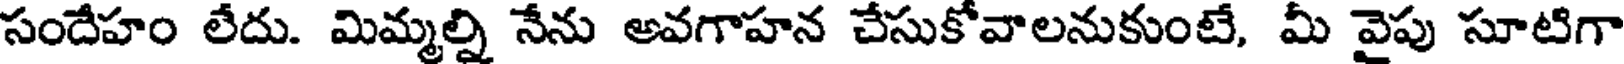
సందేహం లేదు. మిమ్మల్ని నేను అవగాహన చేసుకోవాలనుకుంటే, మీ వైపు సూటిగా